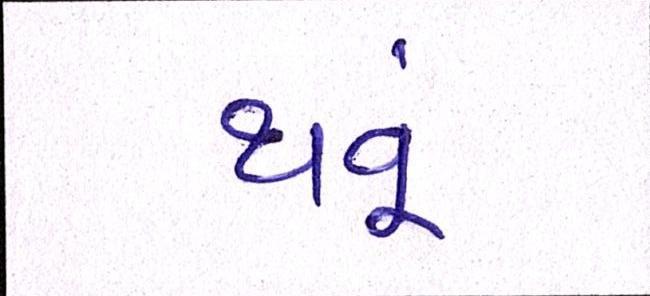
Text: થવૂં